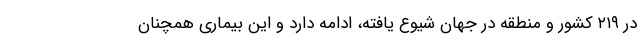
در ۲۱۹ کشور و منطقه در جهان شیوع یافته، ادامه دارد و این بیماری همچنان